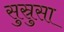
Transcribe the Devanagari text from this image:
सुस्रुसा